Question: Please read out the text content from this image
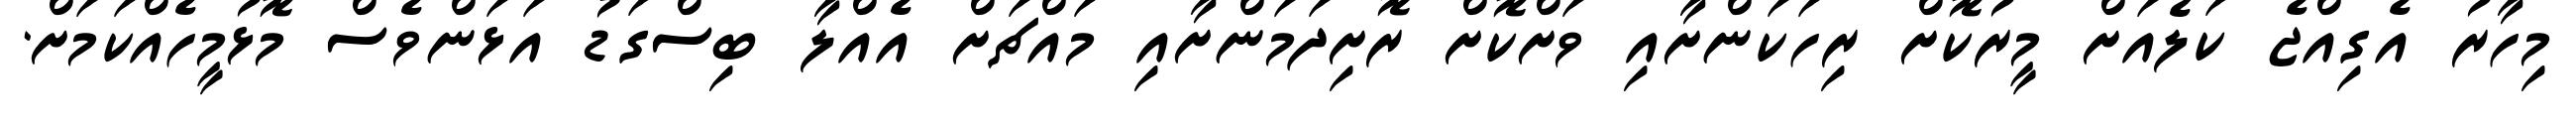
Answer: މިހާރު އެގިއްޖެ ކަލެއަށް މީރުކޮށް ރިހަކަންށާއި ވަށްކޮށް ރޮށިދަމަންށާއި މައްޗަށް އެއްލާ ބިސްގަޑު އަޅަންވެސް މޮޅުމީހެއްކަމަށް.